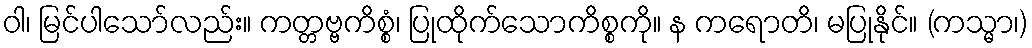
ဝါ၊ မြင်ပါသော်လည်း။ ကတ္တဗ္ဗကိစ္စံ၊ ပြုထိုက်သောကိစ္စကို။ န ကရောတိ၊ မပြုနိုင်။ (ကသ္မာ၊)